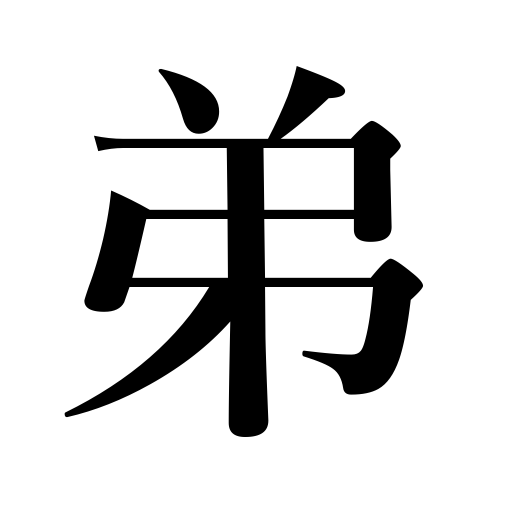
Meanings: younger brother,brotherly affection,faithful service to those older